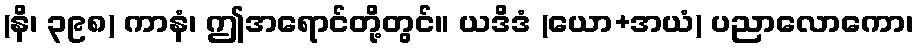
(နိ၊ ၃၉၈) ကာနံ၊ ဤအရောင်တို့တွင်။ ယဒိဒံ (ယော+အယံ) ပညာလောကော၊